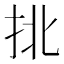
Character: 𢫣